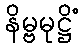
နိမ္ဗမုဋ္ဌိံ